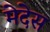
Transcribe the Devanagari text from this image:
मेदेस